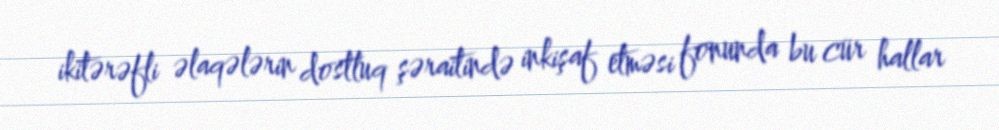
ikitərəfli əlaqələrin dostluq şəraitində inkişaf etməsi fonunda bu cür hallar